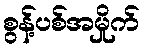
စွန့်ပစ်အမှိုက်